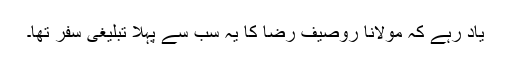
یاد رہے کہ مولانا روصیف رضا کا یہ سب سے پہلا تبلیغی سفر تھا۔